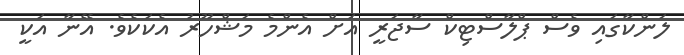
ލަންކާގައި ވެސް ޕްލާސްޓިކް ސާޖަރީ އަށް އެންމެ މަޝްހޫރު އެކަކެެވެ. އޭނާ އަކީ